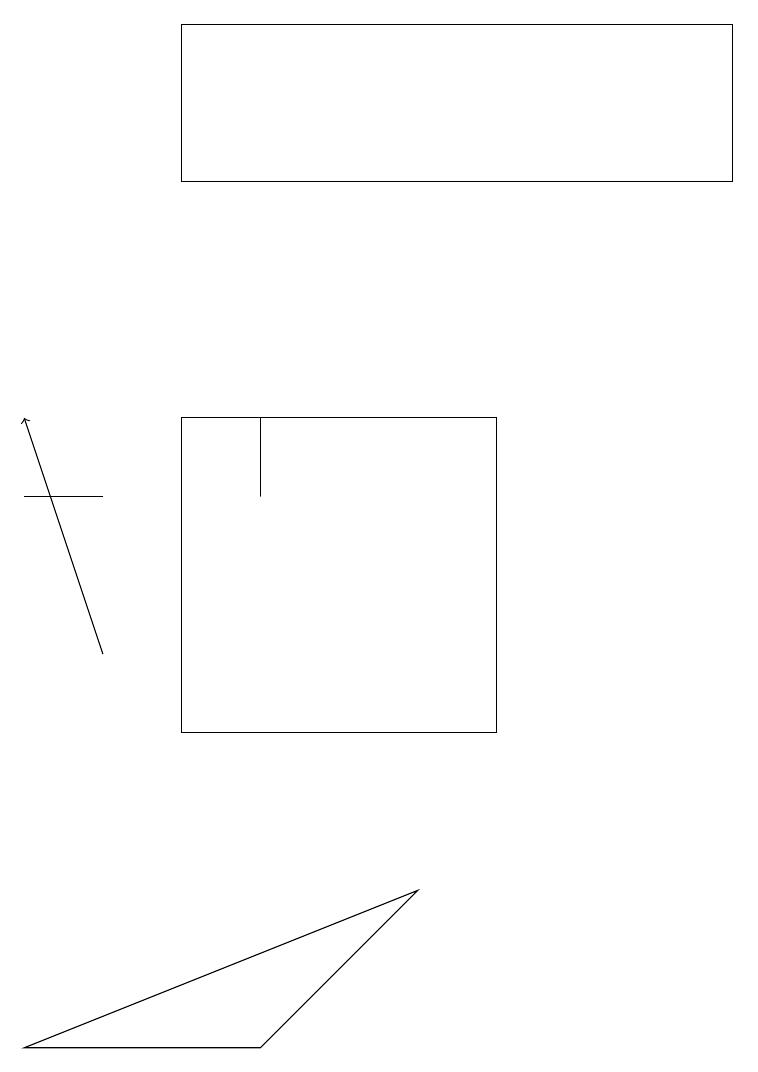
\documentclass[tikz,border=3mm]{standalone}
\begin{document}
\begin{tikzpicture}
\draw (0,13) rectangle (1,13);
\draw (3,6) -- (5,8) -- (0,6) -- cycle;
\draw (9,19) rectangle (2,17);
\draw (2,10) rectangle (6,14);
\draw[->] (1,11) -- (0,14);
\draw (3,13) rectangle (3,14);
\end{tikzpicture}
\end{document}